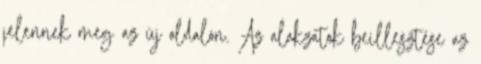
jelennek meg az új oldalon. Az alakzatok beillesztése az